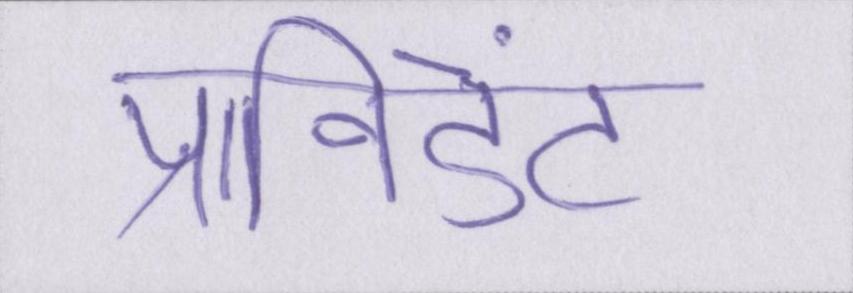
प्रॉविडेंट